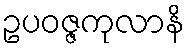
ဥပဝဇ္ဇကုလာနိ